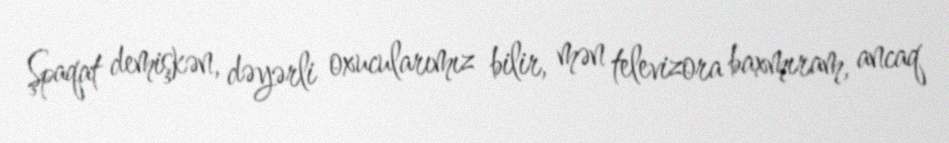
Şpaqat demişkən, dəyərli oxucularımız bilir, mən televizora baxmıram, ancaq